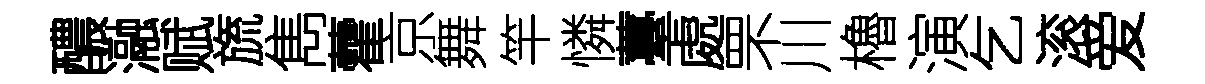
醲瀜赋旒雋藿京舞竿憐薹處罘川櫓演乞滚爱